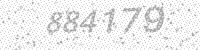
Solution: 884179